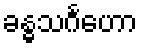
ခန္ဓသင်္ဂဟော